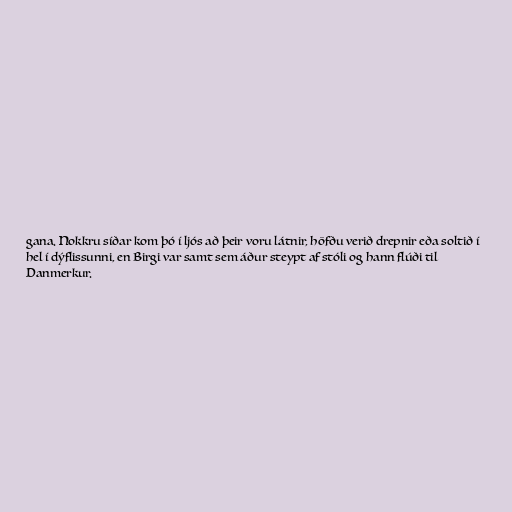
gana. Nokkru síðar kom þó í ljós að þeir voru látnir, höfðu verið drepnir eða soltið í
hel í dýflissunni, en Birgi var samt sem áður steypt af stóli og hann flúði til
Danmerkur.